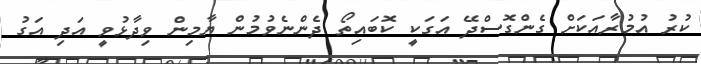
ކުރު އުމުރާއަކަށް ގެންގޮސްދޭ އަގަކީ ކޮބައިތޯ ދެންނެވުމުން ޔާމިން ވިދާޅުވީ އަދި އަގު